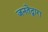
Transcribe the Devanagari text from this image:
जनतेद्वारा